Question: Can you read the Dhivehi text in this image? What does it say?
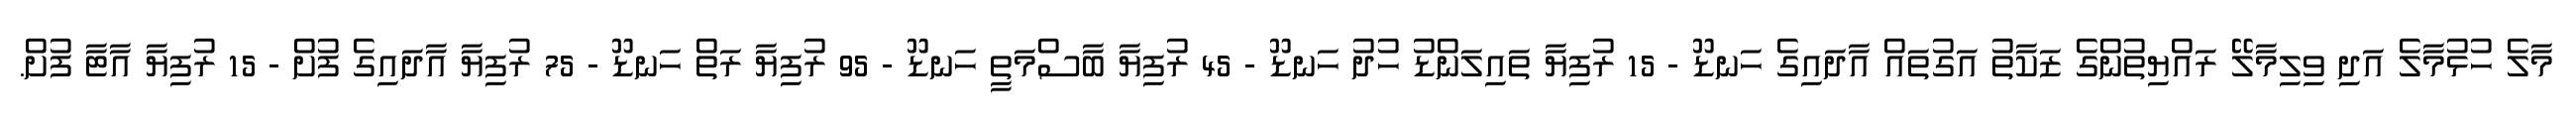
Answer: މާލެ ހުޅުމާލެ އަދި ވިލިމާލޭ ރައްޔިތުންގެ ޒަކާތު އަގުތައް އާދައިގެ ހަނޑޫ - 15 ރުފިޔާ ތައިލަންޑު ހުދު ހަނޑޫ - 45 ރުފިޔާ ބާސްމަތީ ހަނޑޫ - 95 ރުފިޔާ ރަތް ހަނޑޫ - 75 ރުފިޔާ އާދައިގެ ފުށް - 15 ރުފިޔާ އާޓާ ފުށް.